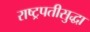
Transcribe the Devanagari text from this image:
राष्ट्रपतीसुद्धा